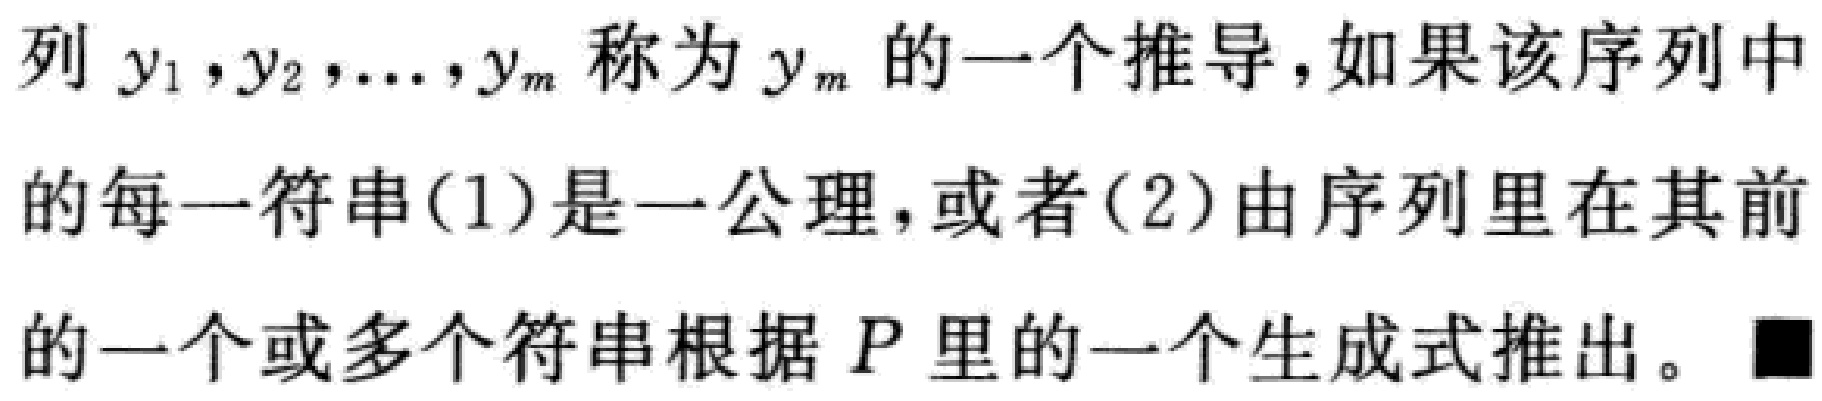
列 \(y_1,y_2,\ldots,y_m\) 称为 \(y_m\) 的一个推导，如果该序列中

的每一符串(1)是一公理，或者(2)由序列里在其前

的一个或多个符串根据 \(P\) 里的一个生成式推出。■